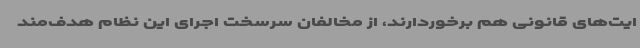
ایت‌های قانونی هم برخوردارند، از مخالفان سرسخت اجرای این نظام هدف‌مند